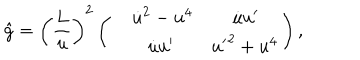
\hat { g } = \left( { \frac { L } { u } } \right) ^ { 2 } \left( \begin{array} { l l l } { { } } & { { { \dot { u } } ^ { 2 } - u ^ { 4 } } } & { { \; { \dot { u } } { u ^ { \prime } } } } \\ { { } } & { { { \dot { u } } { u ^ { \prime } } } } & { { { u ^ { \prime } } ^ { 2 } + u ^ { 4 } } } \\ \end{array} \right) ,